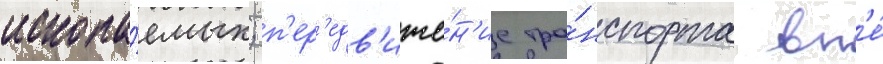
ископа́емых; п'ер'едв'иже́н'ие тра́нспорта вн'е́